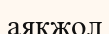
аяқжол